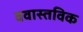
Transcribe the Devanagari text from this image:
ववास्तविक